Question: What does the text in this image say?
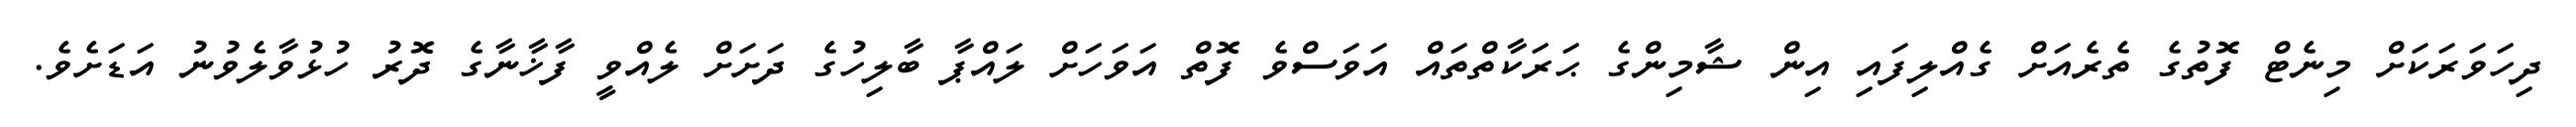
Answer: ދިހަވަރަކަށް މިނެޓް ފޮތުގެ ތެރެއަށް ގެއްލިފައި އިން ޝާމިންގެ ޙަރަކާތްތައް އަވަސްވެ ފޮތް އަވަހަށް ލައްޕާ ބާލިހުގެ ދަށަށް ލެއްވީ ފާޚާނާގެ ދޮރު ހުޅުވާލެވުނު އަޑަށެވެ.